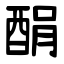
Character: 䣺